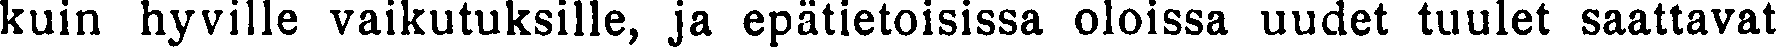
kuin hyville vaikutuksille, ja epätietoisissa oloissa uudet tuulet saattavat